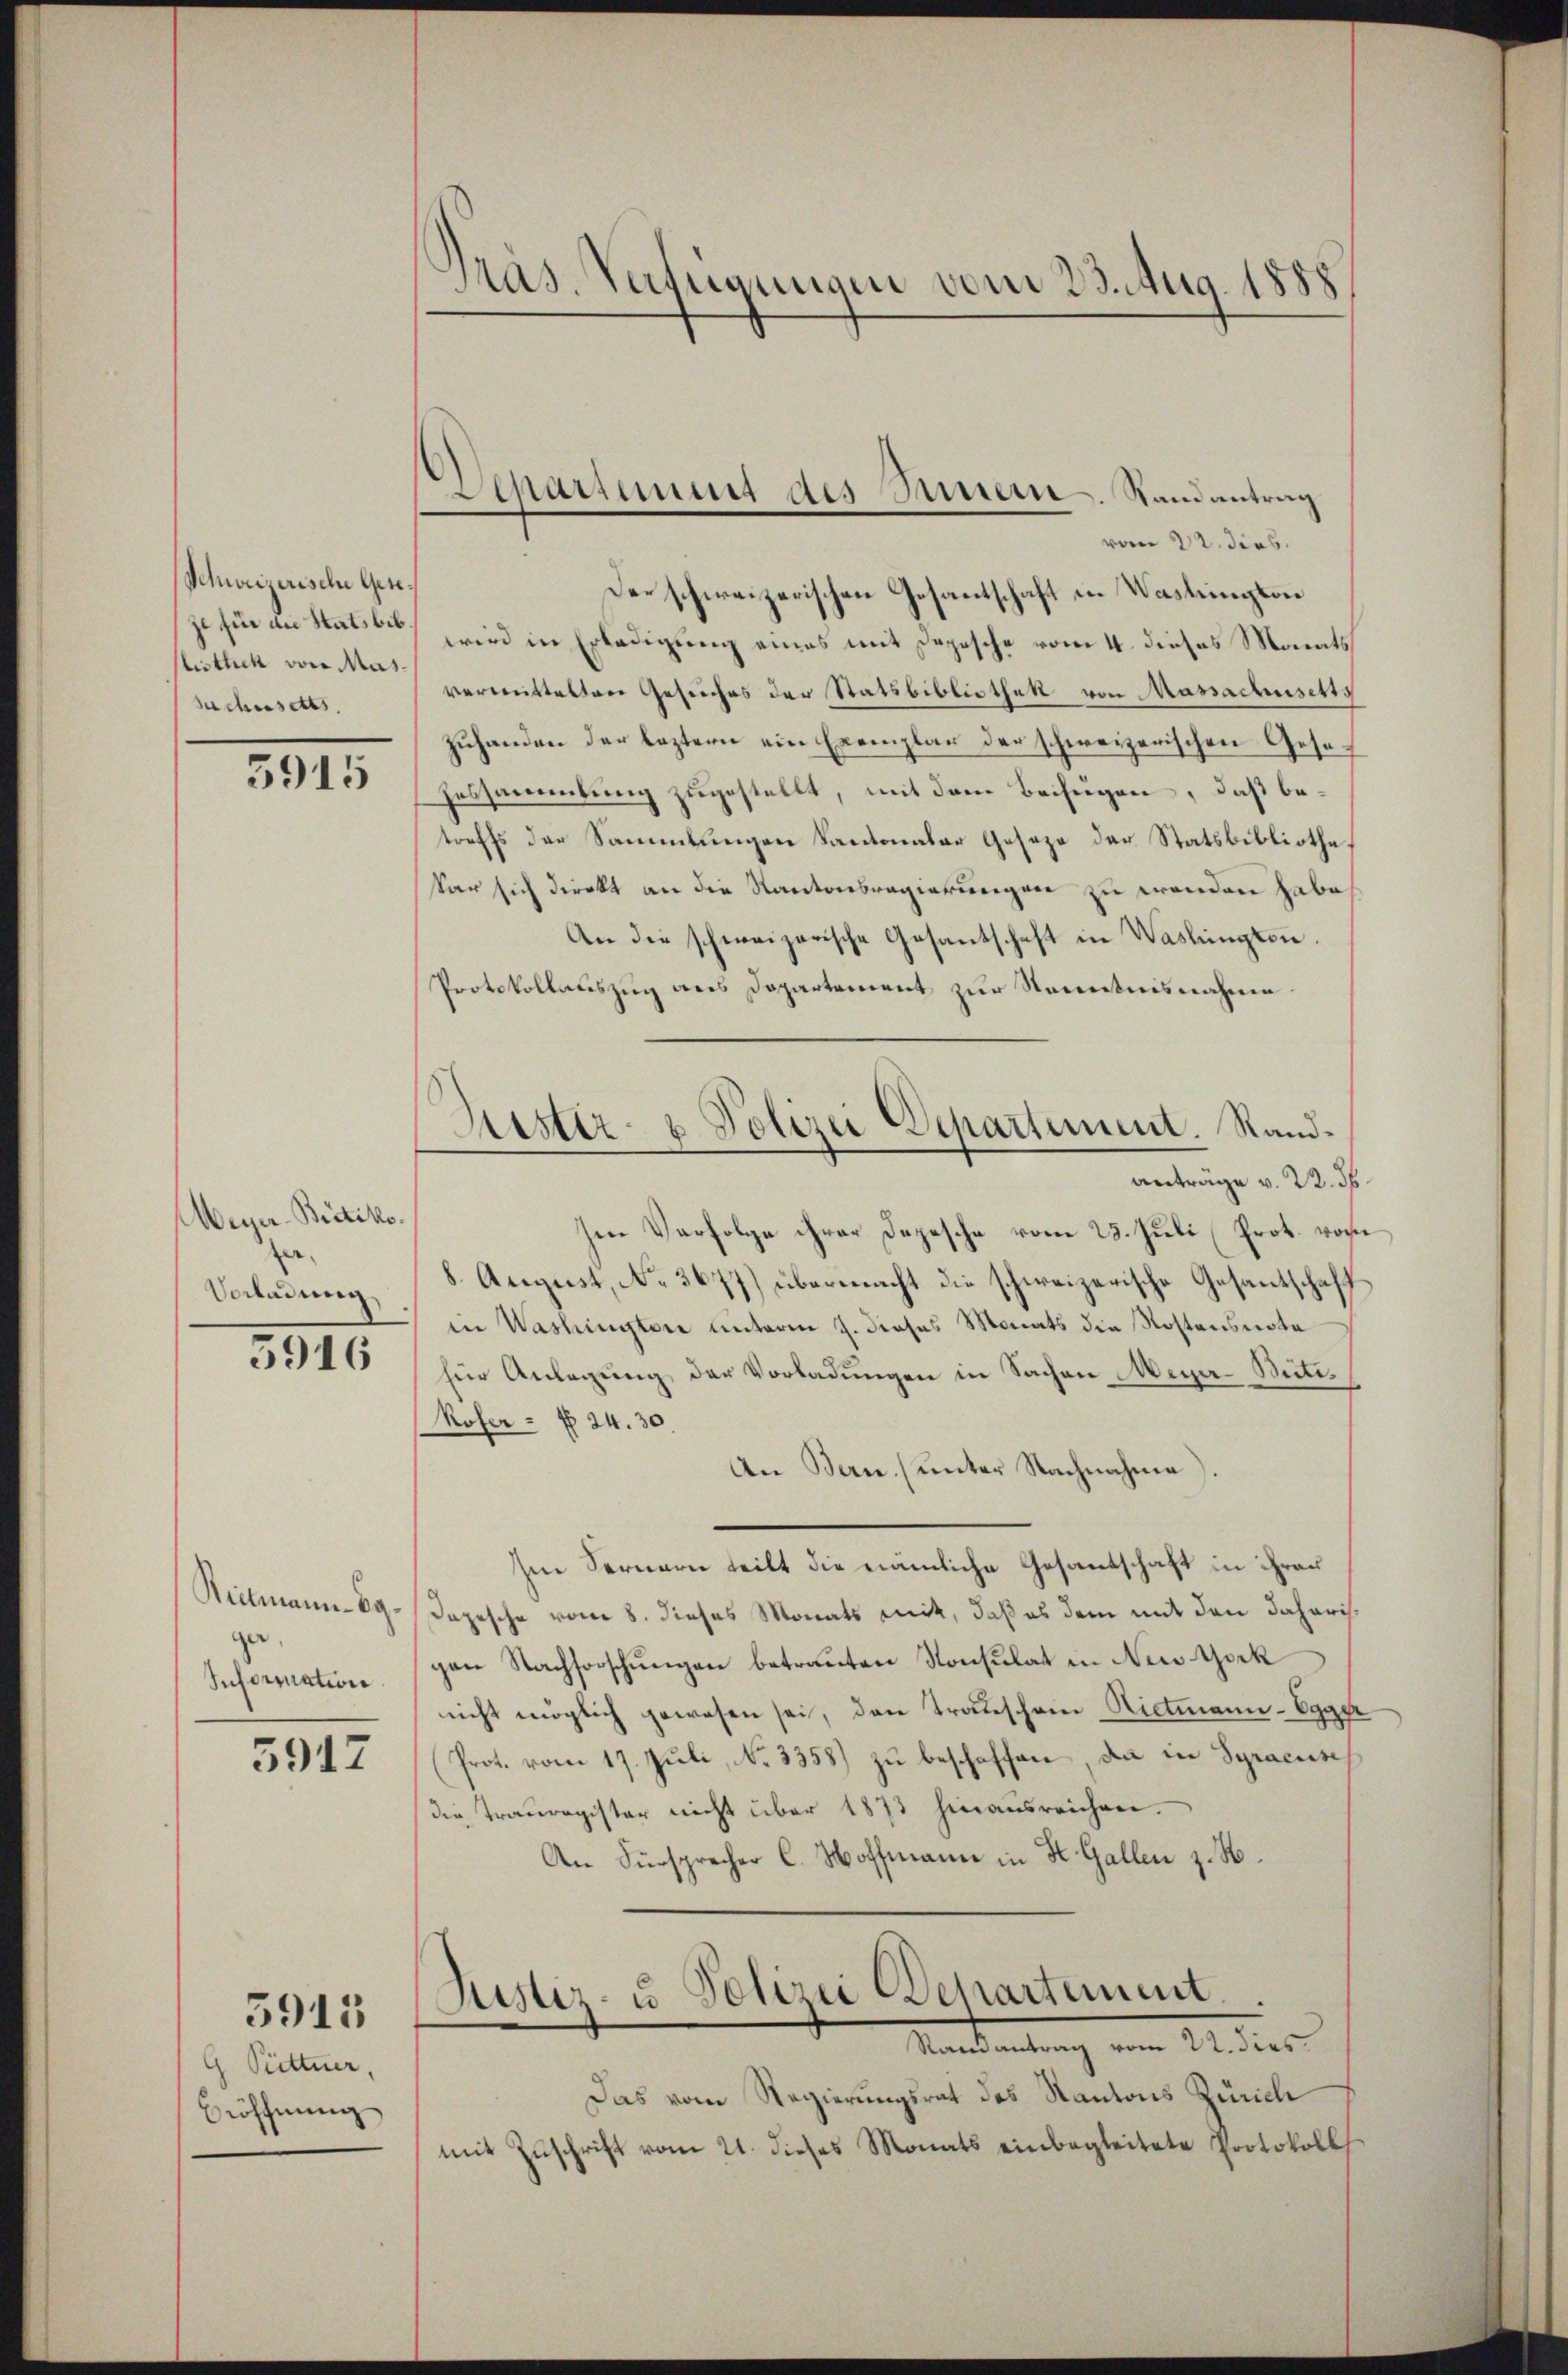
Schweizerische Gese
ze für die Statsbib
istlich von Mas
Suchersetts.

3915

Weyer-Bietiko
e¬
Vorladung
3916

Bielmann. Egga,
Information

5917

G Püttner,
Bröfchnung

5915

Präs. Verfügungen vom 23. Aug. 1885

Departement des Sammern. Randantrag
vom 22. dies.

Kister- u Polizei Departement. Randanträge v. 22. d.

Der schweizerischen Gesantschaft in Washington
wird in Erledigung eines mit Depesche vom 4. dieses Monats
vereittelten Gesuches der Statsbibliothek von Massachusetts
zŭhanden der leztern ein Exemplar der schweizerischen Gese¬
Hessammlung zugestellt, mit dem Beifügen, daß betreffs der Sammlungen Kantonaler Geseze der Statsbibliothekar sich direkt an die Kantonsregierungen zu wenden habe
An die schweizerische Gesantschaft in Waslington.
Protokollauszug aus Departement zur Kenntnisnahme
Im Verfolge ihrer Depesche vom 25. Juli Prot. von
8. August, No. 3677) übermacht die schweizerische Gesantschaff
in Washingten unterm 7. dieses Monats die Kostensnota
für Anlagung der Vorladungen in Sachen Meyer-Bictis
Kofer - f 24. 30.
An Bern) unter Nachnahme).
Im Fernern teilt die nämliche Gesantschaft in ihrer
Depesche vom 8. dieses Monats mit, daß es dem mit den daherisgen Nachforschungen betrauten Konsulat in New York
nicht möglich gewesen sei, den Transchein Nietmann - Egger
(Prot. vom 17. Juli, No. 3358) zu beschaffen, da in Syracuse
die Trauregister nicht über 1873 hinausreichen.
An Fürsprecher C. Hoffmann in St. Gallen z. B.
Justiz- u. Polizei Departement.
Mandantung vom 24. dies
Das vom Regierungsrat des Kantons Zürich
mit Zuschrift vom 21. dieses Monats einbegleitete Protokoll